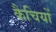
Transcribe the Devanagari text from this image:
कैचियों